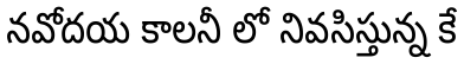
నవోదయ కాలనీ లో నివసిస్తున్న కే